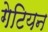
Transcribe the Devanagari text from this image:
गेटियन